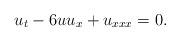
LaTeX: \begin{align*}u_{t}-6uu_{x}+u_{xxx}=0. \end{align*}